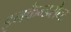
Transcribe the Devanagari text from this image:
इनकैन्डसेन्ट